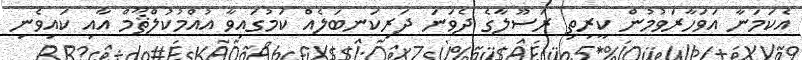
އެކަމަނާ އަވަހާރަވުމުން ކީރިތި ރަސޫލާގެ ދެވަނަ ދަރިކަނބަލެއް ކަމުގައިވާ އުއްމުކުލްޘޫމް އާއި ކައިވެނި